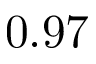
0 . 9 7